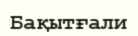
Бақытғали